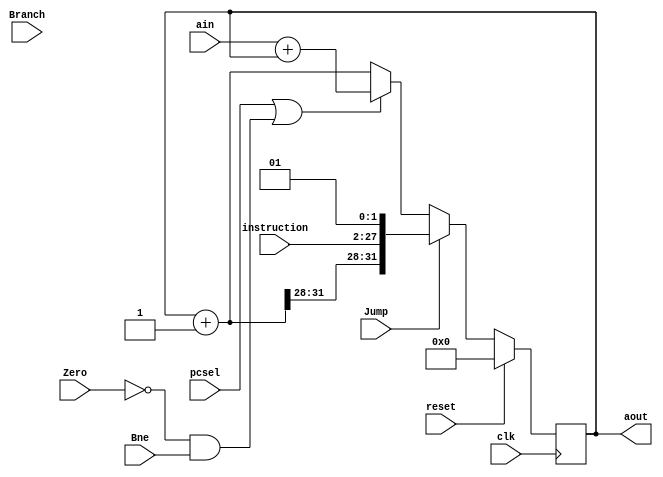
module pclogic(clk, reset, ain, aout, pcsel,Branch,Jump,Bne,Zero,instruction);

input reset;
input clk;
input [31:0] ain;
//pecsel = branch & zero
input pcsel;
input Branch;
input Jump;
input [25:0] instruction;
input Bne,Zero;

reg [31:0] aout_q,aout_d;
output reg [31:0] aout;

always @(posedge clk ) begin
	if (reset==1)
		aout_q<=32'b0;
	else
		aout_q<=aout_d;
end

always @(*) begin
aout_d=aout_q ;
		if (Jump==1) begin
			aout_d=aout_q+1;
			aout_d={aout_d[31:28],instruction,2'b01};
		end
		else if ((pcsel)||(~Zero&&Bne)) begin  //bne
			aout_d=ain+aout_q;
		end

		else	aout_d=aout_q+1; //normal increment
end

assign aout=aout_q;
endmodule